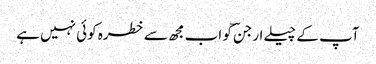
آپ کے چیلے ارجنؔ کو اب مجھ سے خطرہ کوئی نہیں ہے